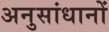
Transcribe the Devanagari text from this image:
अनुसांधानों